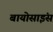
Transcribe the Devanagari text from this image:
बायोसाइंस